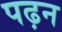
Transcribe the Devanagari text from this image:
पढ़न